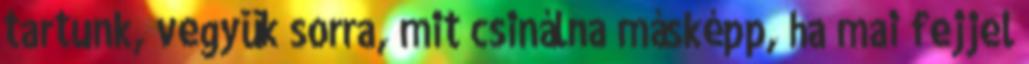
tartunk, vegyük sorra, mit csinálna másképp, ha mai fejjel